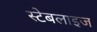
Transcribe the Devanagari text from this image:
स्टेबलाइज